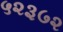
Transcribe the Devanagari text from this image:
५२३७२